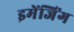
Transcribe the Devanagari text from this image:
इमेंजिंग